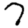
Digit: 7